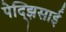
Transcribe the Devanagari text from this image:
पेद्झिसाई